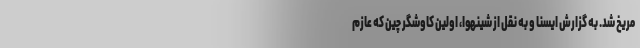
مریخ شد. به گزارش ایسنا و به نقل از شینهوا، اولین کاوشگر چین که عازم